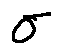
\sigma